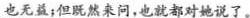
也无益；但既然来问，也就都对她说了。